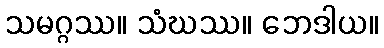
သမဂ္ဂဿ။ သံဃဿ။ ဘေဒါယ။